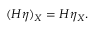
( H \eta ) _ { X } = H \eta _ { X } .